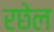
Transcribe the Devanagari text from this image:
रछेल